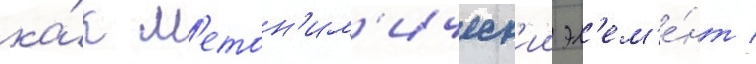
ка́к м'етон'им'ическ'ии эл'ем'е́нт /